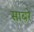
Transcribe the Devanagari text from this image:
साबरे